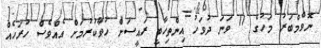
ނޮވެމްބަރު މަހުގެ 11 ވަނަ ދުވަހު އިންތިހާބީ ރައީސަށް ހުވާކުރުމަށް އެއްވެސް ހުރަހެއް